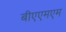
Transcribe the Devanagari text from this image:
बीएएमएम